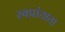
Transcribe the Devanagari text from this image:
स्वप्रांताता